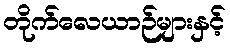
တိုက်လေယာဉ်များနှင့်